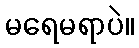
မရေမရာပဲ။